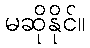
မဆိုနိုင်။